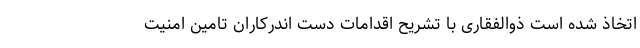
اتخاذ شده است ذوالفقاری با تشریح اقدامات دست اندرکاران تامین امنیت